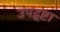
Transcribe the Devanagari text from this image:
उपद्र्ष्टा